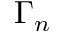
\Gamma _ { n }